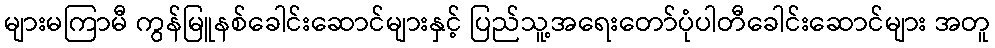
များမကြာမီ ကွန်မြူနစ်ခေါင်းဆောင်များနှင့် ပြည်သူ့အရေးတော်ပုံပါတီခေါင်းဆောင်များ အတူ